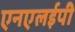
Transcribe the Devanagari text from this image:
एनएलईपी